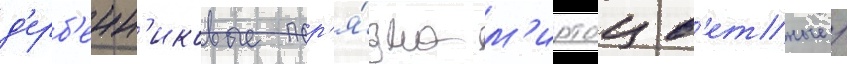
д'ерб'енн'иковые пор'я́дка м'иртоцв'етные /